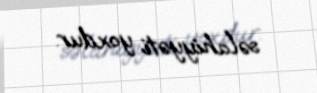
səlahiyyəti yoxdur.